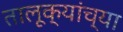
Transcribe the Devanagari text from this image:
तालूक्यांच्या